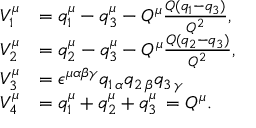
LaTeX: \begin{array} { l l } { { V _ { 1 } ^ { \mu } } } & { { = q _ { 1 } ^ { \mu } - q _ { 3 } ^ { \mu } - Q ^ { \mu } \frac { Q ( q _ { 1 } - q _ { 3 } ) } { Q ^ { 2 } } , } } \\ { { V _ { 2 } ^ { \mu } } } & { { = q _ { 2 } ^ { \mu } - q _ { 3 } ^ { \mu } - Q ^ { \mu } \frac { Q ( q _ { 2 } - q _ { 3 } ) } { Q ^ { 2 } } , } } \\ { { V _ { 3 } ^ { \mu } } } & { { = \epsilon ^ { \mu \alpha \beta \gamma } q _ { 1 \, \alpha } q _ { 2 \, \beta } q _ { 3 \, \gamma } } } \\ { { V _ { 4 } ^ { \mu } } } & { { = q _ { 1 } ^ { \mu } + q _ { 2 } ^ { \mu } + q _ { 3 } ^ { \mu } \, = Q ^ { \mu } . } } \end{array}